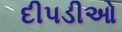
દીપડીઓ